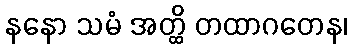
နနော သမံ အတ္ထိ တထာဂတေန၊